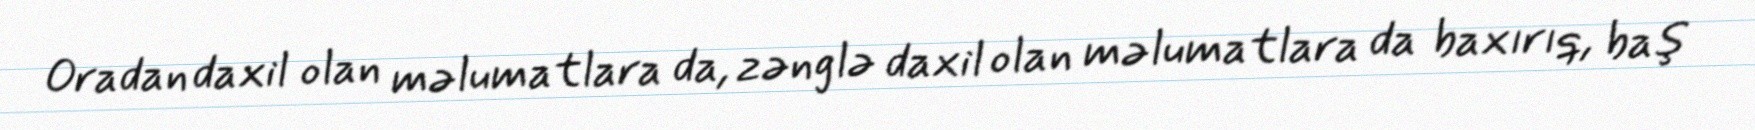
Oradan daxil olan məlumatlara da, zənglə daxil olan məlumatlara da baxırıq, baş